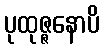
ပုထုဇ္ဇနောပိ